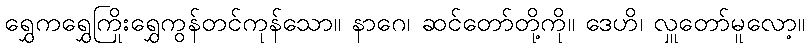
ရွှေကရွှေကြိုးရွှေကွန်တင်ကုန်သော။ နာဂေ၊ ဆင်တော်တို့ကို။ ဒေဟိ၊ လှူတော်မူလော့။